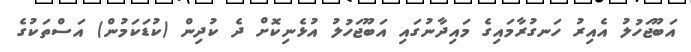
އަބޫޖަހުލު އެއިރު ހަނގުރާމައިގެ މައިދާނުގައި އަބޫޖަހުލު އުޅެނިކޮށް ދެ ކުދިން (ކުޑަކަމުން) އަސްތަކުގެ